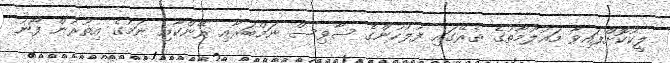
ލީކުކޮށްފައިވާ މައުލޫމާތުގެ ތެރޭގައި ފުލުހުންގެ ސާވިސް ނަމްބަރާއި ރޭންކާއި ނަމުގެ އިތުރުން ފޯނު